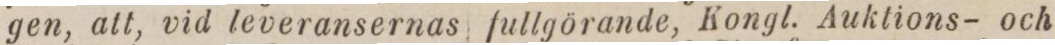
gen, att, vid leveransernas fullgörande, Kongl. Auktions- och